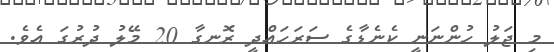
މި ޖަލު ހުންނަނީ ކެނެޑާގެ ސަަރަހައްދީ ރޮނގާ 20 މޭލު ދުރުގަ އެވެ.